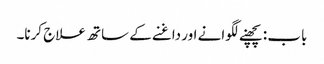
باب : پچھنے لگوانے اور داغنے کے ساتھ علاج کرنا۔